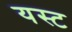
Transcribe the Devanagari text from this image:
यस्ट